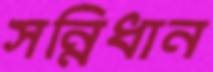
সন্নিধান